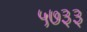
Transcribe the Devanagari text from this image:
५७३३